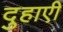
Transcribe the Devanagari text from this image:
दुहाएी